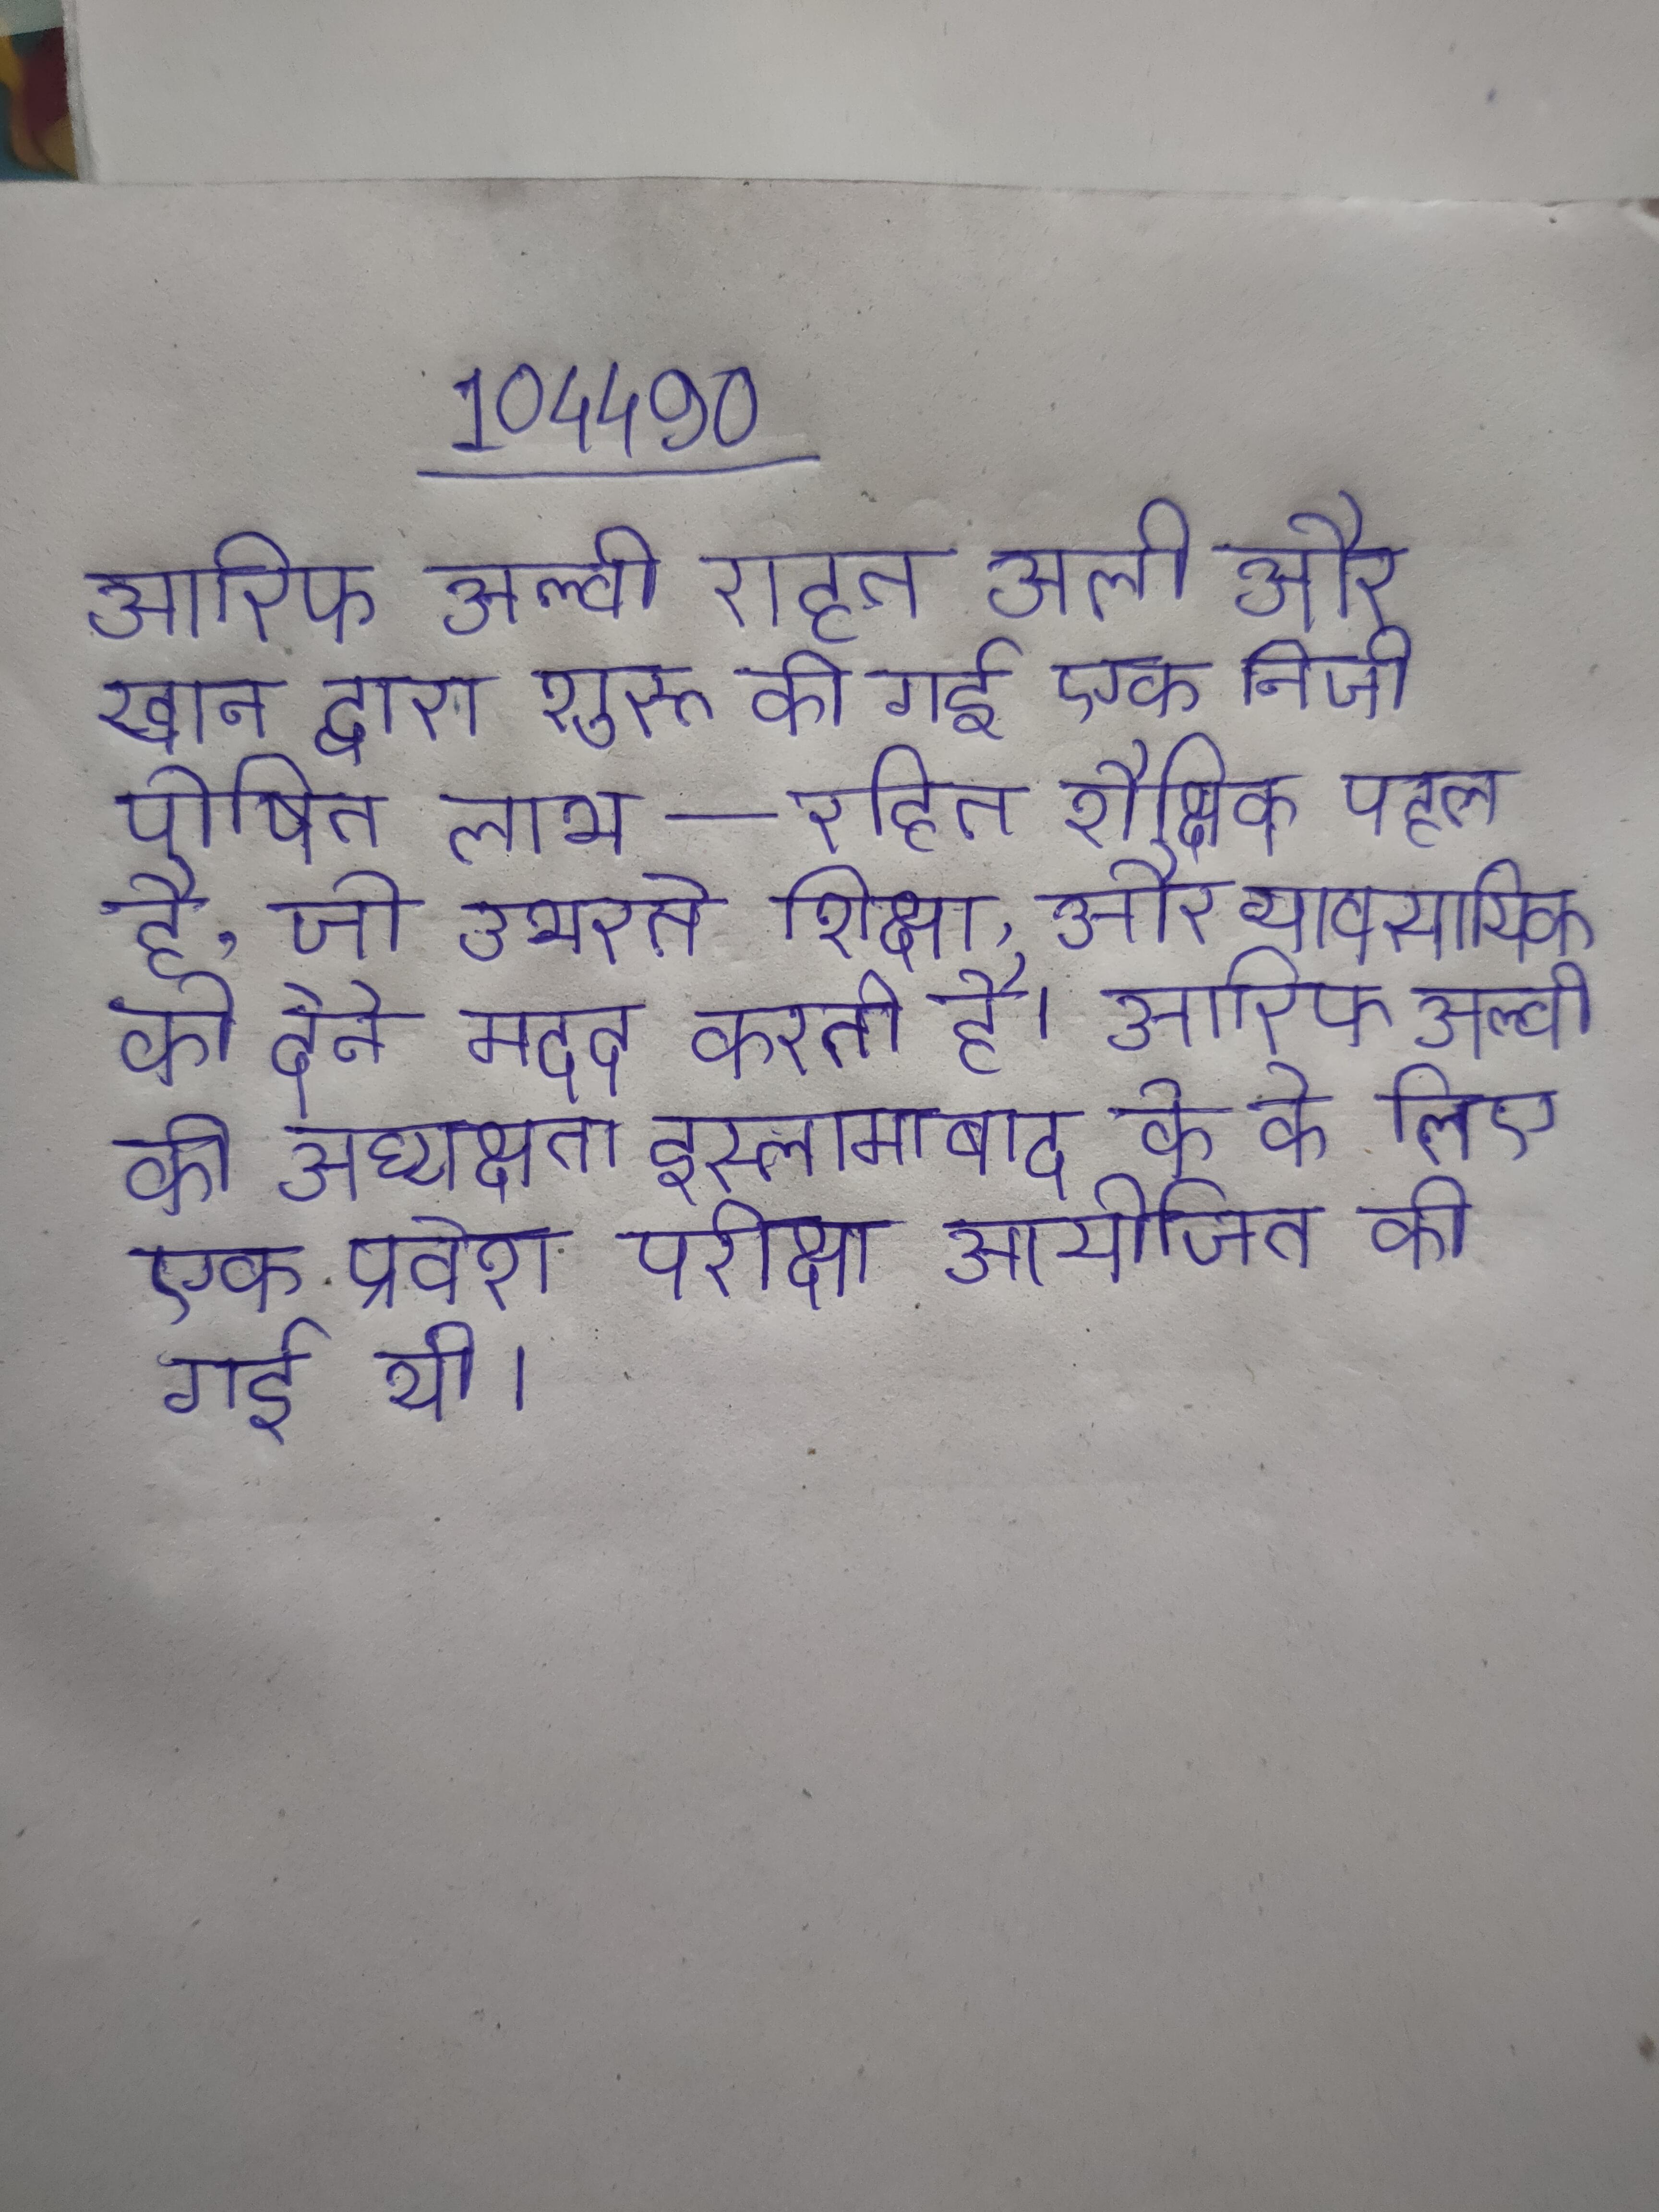
आरिफ अल्वी राहत अली और खान द्वारा शुरू की गई एक निजी रूप से वित्त पोषित लाभ-रहित शैक्षिक पहल है, जो उभरते शिक्षा, और व्यावसायिक को देने मदद करती है । आरिफ अल्वी की अध्यक्षता इस्लामाबाद के के लिए एक प्रवेश परीक्षा आयोजित की गई थी ।